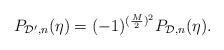
LaTeX: \begin{gather*} P_{\mathcal{D}',n}(\eta)=(-1)^{(\frac{M}{2})^2}P_{\mathcal{D},n}(\eta).\end{gather*}